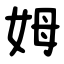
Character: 姆